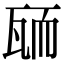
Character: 𦓓